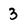
Character: 3